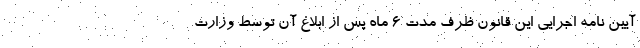
آیین نامه اجرایی این قانون ظرف مدت ۶ ماه پس از ابلاغ آن توسط وزارت